Cholera in India, 1862 to 1881
Year: 1862
Disease focus: Cholera
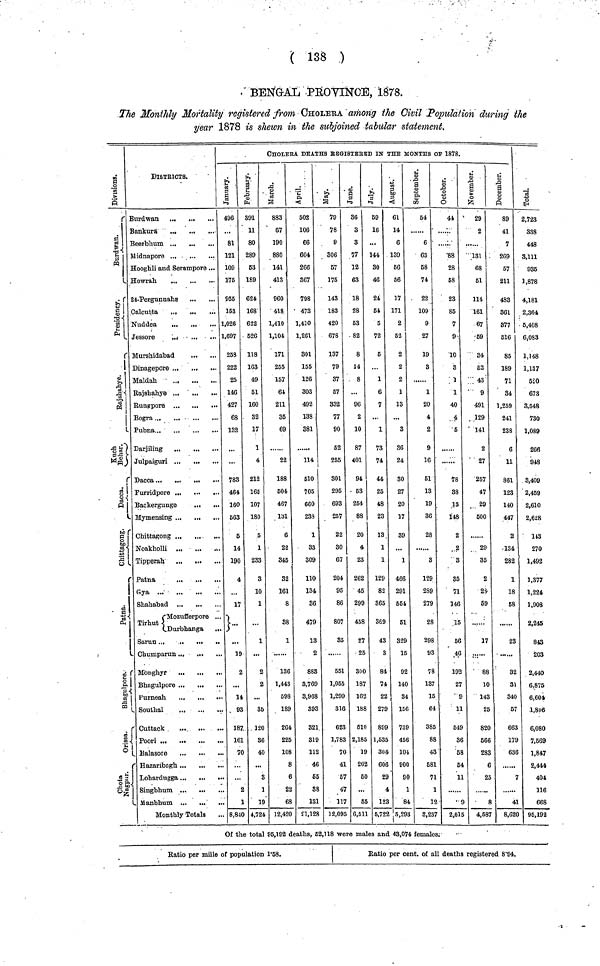
( 138 )
BENGAL PROVINCE, 1878.
The Monthly Mortality registered from CHOLERA among the Civil Population during the
year 1878 is shewn in the subjoined tabular statement.
Division
Burdwan
Presidency
Rajshahye
Kuch behar
Dacca
Chitagung
Patna
Bhagulpre
Orissa
Chota Nagpur
DISTRICTS.
Burdwan ...
...
...
Bankura
Beerbhum
Midnapore ...
Hooghli and Serampore ...
Howrah.
24-Pergunnahs
Calcutta
,.i
.
Nuddea
...
,.,
Jessore
,.
Murshidabad
Dinagepore
...
Maldah
Rajshahye
Runppore
Bogra ...
Pubna
Julpaiguri ...
...
Furridpore
Backergunge
Mymensing
C
hittagong
Noakholli
Tipperah
' Patna
...
Gya
Shahabad ...
Mozufferpore ...
Tirhut
Durbhanga
...
Chumparun ...
Monghyr
Purneah
...
Southal
Cuttack
Balasore
Singbhum
...
...
Manbhum
...
...
..
Monthly Totals
CHOLERA DEATHS REGISTERED IN THE MONTHS OF 1878.
January
496
...
81
121
109
175
955
153
1,026
1,697
258
222
25
146
427
68
132
783
464
160
563
5
14
190
4
17
}...
19
2
14
93
. 187
161
70
2
1
. 8,840
february
391
11
80
289
53
189
624
168
622
526
118
163
49
51
160
32
17
1
4
212
165
107
180
5
1
233
3
10
1
...
1
...
2
2
...
35
120
86
40
3
1
19
4,724
march
883
67
190
880
141
413
960
418
1,410
1,104
171
255
157
61
211
35
69
......
22
188
504
467
131
6
22
345
32
161
8
38
1
136
1,443
598
1S9
264
225
108
8
6
22
63
12,420
April
502
106
66
604
266
367
798
473
1,410
1,261
301
155
126
303
492
133
381
114
510
705
660
233
1
33
309
110
134
86
479
13
2
883
3,769
3,968
393
321
319
112
46
65
88
1S1
21,128
May
79
78
9
306
57
175
143
183
420
678
137
79
37
67
332
77
90
52
255
301
295
693
257
22
30
67
204
95
86
807
85
551
1,055
1,299
316
623
1,783
70
41
57
47
117
12,095
June
36
3
3
77
12
63
18
28
53
82
8
14
8
...
96
2
10
87
401
94
53
254
88
20
4
23
262
45
299
458
27
25
300
187
162
188
510
2,185
19
202
60
...
55
6,511
July
59
16
...
144
30
46
24
54
5
72
6
1
6
7
...
1
73
74
44
25
48
23
13
1
1
129
82
365
369
4
8
7
2
279
899
1,535
304
606
29
4
123
5,722
August
61
14
6
139
56
56
17
171
2
62
2
2
2
1
13
...
3
36
24
30
27
20
17
39
...
1
466
291
551
61
329
15
92
140
34
156
739
456
101
900
90
1
84
5,298
September
54
6
63
58
74
22
109
9
27
19
8
1
20
4
2
9
16
51
13
19
36
28
3
129
289
279
28
298
93
78
187
15
64
385
88
43
681
71
1
12
8,287
Octomber
44
88
28
58
23
85
7
9
10
3
1
1
40
4
6
••••••
78
88
13
148
2
2
3
85
71
146
15
56
46
192
27
9
11
549
36
58
54
11
9
2,015
November
29
2
131
68
51
114
161
67
59
34
52
43
9
491
129
141
2
27
257
47
29
600
29
35
2
28
59
17
88
10
14
2
82
66
28
25
4,587
December
89
41
7
269
57
211
483
361
877
516
85
189
71
34
1,259
241
238
6
11
861
123
140
447
2
134
282
1
18
68
23
32
31
340
5
66
17
68
4
8,62
Total
2,723
338
448
3,111
936
1,878
4,181
2,364
5,408
6,083
1,148
1,137
520
673
3,548
730
1,089
266
918
3,409
2,459
2,610
2,628
113
270
1,492
1,377
1,224
1,908
2.245
843
203
2,440
6,875
6,604
1,806
6,080
7,669
1,847
2,444
404
116
668
95,192
Of the total 95,192 deaths, 52,118 were males and 43,074 females:
Ratio per mille of population 1·68.
Ratio per cent. of all deaths registered 8·94.